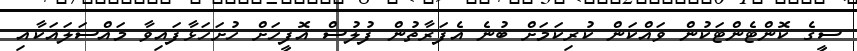
ސީގެ ކޮންޓެންޓަކުން ވައްކަން ކުރިކަމަށް ބުނެ އެފަރާތުން ފުލުސް އޮފީހަށް ހުށަހަޅާފައިވާ މައްސަލައަކާއި